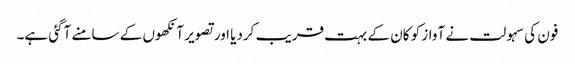
فون کی سہولت نے آواز کو کان کے بہت قریب کردیا اور تصویر آنکھوں کے سامنے آگئی ہے۔